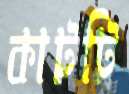
কাটটি